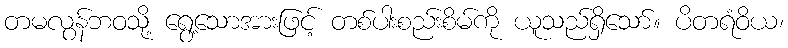
တမလွန်ဘဝသို့ ရွေ့သောအားဖြင့် တစ်ပါးစည်းစိမ်ကို ယူသည်ရှိသော်။ ပိတရံဝိယ၊